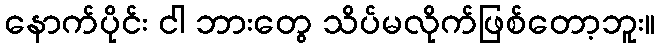
နောက်ပိုင်း ငါ ဘားတွေ သိပ်မလိုက်ဖြစ်တော့ဘူး။